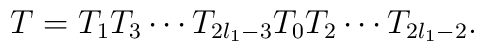
T=T_1 T_3\cdots T_{2l_1-3}T_0T_2\cdots T_{2l_1-2}.